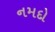
નમદો